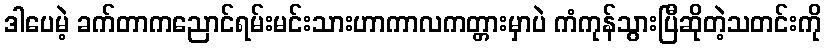
ဒါပေမဲ့ ခက်တာကညောင်ရမ်းမင်းသားဟာကာလကတ္တားမှာပဲ ကံကုန်သွားပြီဆိုတဲ့သတင်းကို